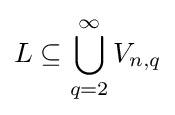
L\subseteq \bigcup _{q=2}^{\infty }V_{n,q}